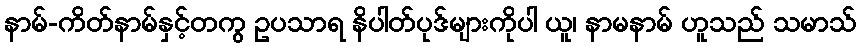
နာမ်-ကိတ်နာမ်နှင့်တကွ ဥပသာရ နိပါတ်ပုဒ်များကိုပါ ယူ၊ နာမနာမ် ဟူသည် သမာသ်